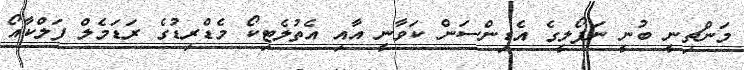
މަންޗިނީ ބުނީ ނަޕޯލީގެ އެޑިންސަން ކަވާނީ އާއި އެތުލެޓިކޯ މެޑްރިޑުގެ ރަޑަމެލް ފަލްކާއޯ